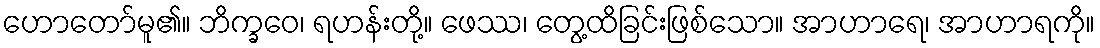
ဟောတော်မူ၏။ ဘိက္ခဝေ၊ ရဟန်းတို့။ ဖေဿ၊ တွေ့ထိခြင်းဖြစ်သော။ အာဟာရေ၊ အာဟာရကို။